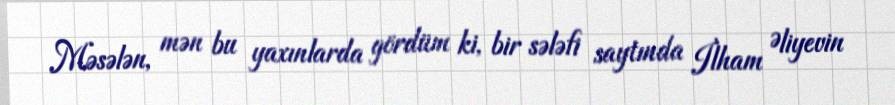
Məsələn, mən bu yaxınlarda gördüm ki, bir sələfi saytında İlham Əliyevin